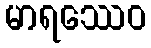
မာရဿေဝ